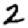
Digit: 2